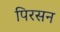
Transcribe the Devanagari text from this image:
पिरसन